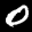
Label: 0